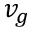
v _ { g }